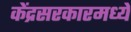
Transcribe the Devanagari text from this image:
केंद्रसरकारमध्ये